King Institute of Preventive Medicine Micro-Biological Section reports 1909-11
Year: 1909
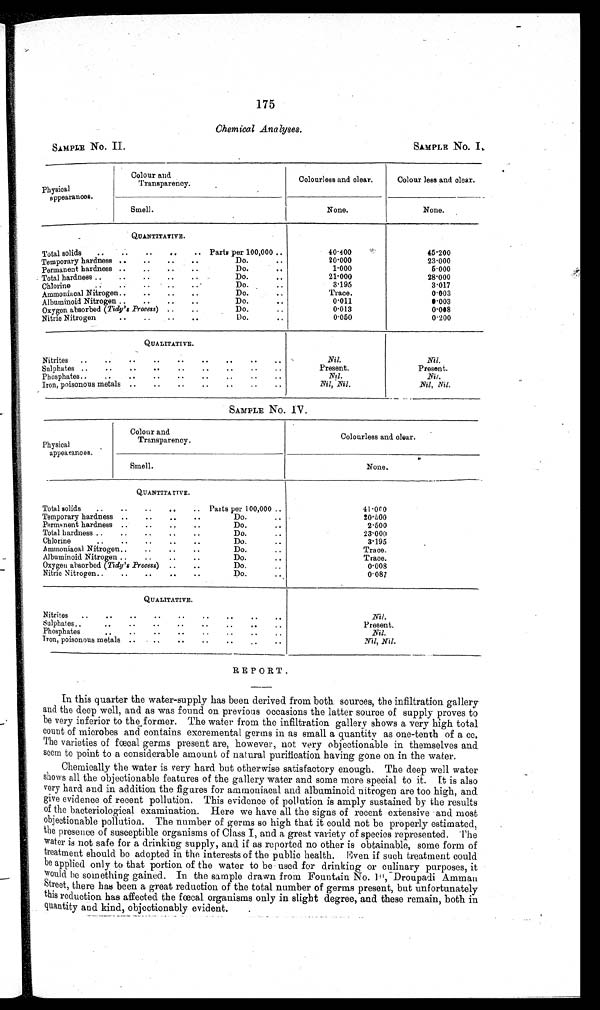
175
Chemical Analyses.
SAMPLE No. II.
SIMPLE No. I.
Physical
appearances.
Colour and
Transparency.
Colourless and clear.
Colour less and clear.
Smell.
None.
None.
QUANTITATIVE.
Total solids
..
..
..
..
.. Parts per 100,000
40.400'
45.200
Temporary hardness ..
.. ..
Do.
..
20.000
23.000
Permanent hardness ..
..
..
..
Do.
..
1.000
5.000
Total hardness
..
..
..
..
Do.
..
21.000
28.000
Chlorine
..
..
..
..
..
Do.
..
3.195
3.017
Ammoniacal Nitrogen
..
..
..
Do.
. .
Trace.
0.003
A l b u m i n o i d N i t r o g e n
. .
. .
. .
Do.
. .
0.011
0.003
Oxygen absorbed ( Tidy's Process) ..
..
Do.
. .
0.013
0.008
Nitric Nitrogen
..
..
..
Do.
..
0.050
0.200
QUALITATIVE.
Nitrites
..
..
..
..
..
..
..
..
Nil.
Nil.
Sulphates ..
..
..
..
..
..
..
..
..
Present.
Present.
Phosphates..
..
..
..
..
..
Nil. Nil.
Iron, poisonous metals ..
..
..
Nil, Nil.
Nil, Nil.
SAMPLE NO. IV.
Physical
appearances.
Colour and
Transparency.
Colourless and. clear.
Smell.
N o n e .
QUANTITATIVE.
Total solids
..
..
..
..
.. Paits per 100,000 ..
41.000
Temporary hardness ..
..
..
..
Do.
..
20.00
Permanent hardness ..
..
..
..
Do.
..
2.500
Total hardness
..
..
..
..
Do.
..
23.000
Chlorine
..
..
..
..
..
Do.
..
3.195.
Ammoniacal Nitrogen
..
..
..
Do.
. .
Trace.
Albuminoid Nitrogen.
..
..
..
Do.
..
Trace.
Oxygen absorbed ( Tidy's Process) ..
..
Do.
..
0.008
Nitric Nitrogen..
..
..
..
..
Do.
. .
0.087
QUALITATIVE.
Nitrites
..
..
..
..
..
..
..
..
..
N i l .
Sulphates
.. . .
P r e s e n t .
Phosphates
..
..
. .
Nil.
Iron, poisonous metals .. .. .. .. .. .. ..
Nil, N i l .
REPORT.
In this quarter the water-supply has been derived from both sources, the infiltration gallery
and the deep well, and as was found on previous occasions the latter source of supply proves to
be very inferior to the former. The water from the infiltration gallery shows a very high total
count of microbes and contains excremental germs in as small a quantity as one-tenth of a cc.
The varieties of fœcal germs present are, however, not very objectionable in themselves and
seem to point to a considerable amount of natural purification having gone on in the water.
Chemically the water is very hard but otherwise satisfactory enough. The deep well water
shows all the objectionable features of the gallery water and some more special to it. It is also
v e r y h a r d a n d i n a d d i t i o n t h e f i g u r e s f o r a m m o n i a c a l a n d a l b u m i n o i d n i t r o g e n a r e t o o h i g h , a n d
give evidence of recent pollution. This evidence of pollution is amply sustained by the results
of the bacteriological examination. Here we have all the signs of recent extensive and most
objectionable pollution. The number of germs so high that it could not be properly estimated,
the presence of susceptible organisms of Class I, and a great variety of species represented. The
water is not safe for a drinking supply, and if as reported no other is obtainable, some form of
treatment should be adopted in the interests of the public health. Even if such treatment could
be applied only to that portion of the water to be used for drinking or culinary purposes, it
w o u l d b e s o m e t h i n g g a i n e d . I n t h e s a m p l e d r a w n f r o m F o u n t a i n N o . 1 0 ,
D r o u p a d i A m m a n
Street, there has been a great reduction of the total number of germs present, but unfortunately
this reduction has affected the fœcal organisms only in slight degree, and these remain, both in
quantity and kind, objectionably evident.